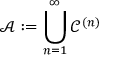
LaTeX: { \mathcal { A } } : = \bigcup _ { n = 1 } ^ { \infty } { \mathcal { C } } ^ { ( n ) }